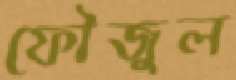
ফৌজুল